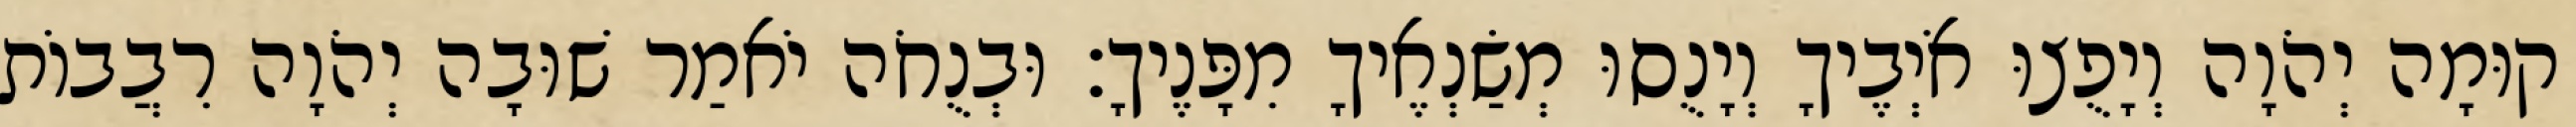
קוּמָה יְהֹוָה וְיָפֻצוּ אֹיְבֶיךָ וְיָנֻסוּ מְשַׂנְאֶיךָ מִפָּנֶיךָ׃ וּבְנֻחֹה יֹאמַר שׁוּבָה יְהֹוָה רִבֲבוֹת